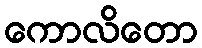
ကောလိတော